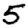
Digit: 5